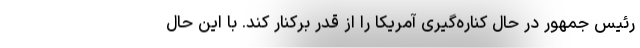
رئیس جمهور در حال کناره‌گیری آمریکا را از قدر برکنار کند. با این حال